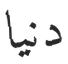
دنیا